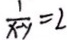
\frac { 1 } { x - y } = 2